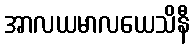
အာလယမာလယေသိနီ